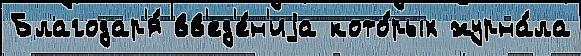
Благодар'я́ вв'ед'е́н'иjа кото́рых журна́ла